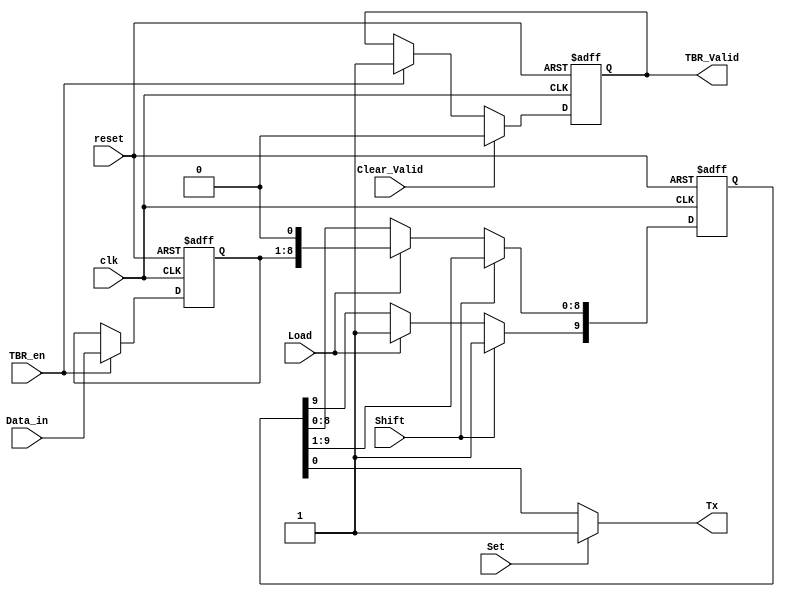
module UART_TrRegister_top(
   input wire        clk,
   input wire        reset,
   input wire  [7:0] Data_in,
   input wire        TBR_en,
   input wire        Clear_Valid,
   input wire        Shift,
   input wire        Set,
   input wire        Load,
          
   output reg        TBR_Valid,
   output wire       Tx
);
   
   reg [7:0]   TBR;
   reg [9:0]   TSR;

   assign Tx = Set ? 1'b1 : TSR[0];
   
always @(posedge clk or posedge reset)begin
   if(reset)begin
      {TBR,TSR} <= {8'b0,10'h3ff};
      TBR_Valid <= 1'b0;
   end
   else
     begin
       if(TBR_en)begin
          TBR <= Data_in;
       end
       if(Load)begin
          TSR <= {1'b1,TBR,1'b0};     
       end
       if(Shift) begin
          TSR[8:0] <= TSR[9:1];
          TSR[9] <= 1;
       end
       if(Clear_Valid)  TBR_Valid <= 1'b0;
       else  begin
        if(TBR_en) TBR_Valid <= 1'b1;
       end
     end
   
end
	       
endmodule